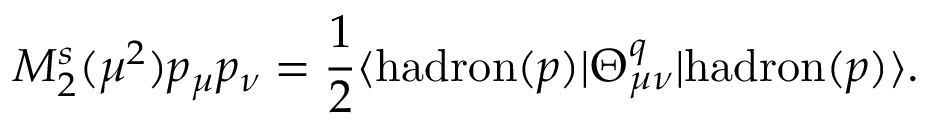
M _ { 2 } ^ { s } ( \mu ^ { 2 } ) p _ { \mu } p _ { \nu } = \frac { 1 } { 2 } \langle \mathrm { h a d r o n } ( p ) | \Theta _ { \mu \nu } ^ { q } | \mathrm { h a d r o n } ( p ) \rangle .